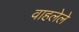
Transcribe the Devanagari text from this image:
वाहलेले